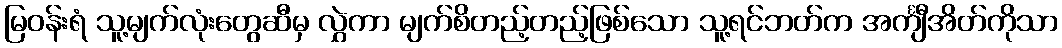
မြဝန်းရံ သူ့မျက်လုံးတွေဆီမှ လွှဲကာ မျက်စိတည့်တည့်ဖြစ်သော သူ့ရင်ဘတ်က အင်္ကျီအိတ်ကိုသာ